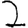
Digit: 2